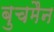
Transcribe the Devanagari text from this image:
बुचमैन